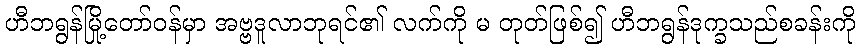
ဟီဘရွန်မြို့တော်ဝန်မှာ အဗ္ဗဒူလာဘုရင်၏ လက်ကို မ တုတ်ဖြစ်၍ ဟီဘရွန်ဒုက္ခသည်စခန်းကို